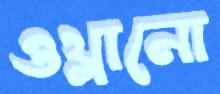
ওথ্‌লানো